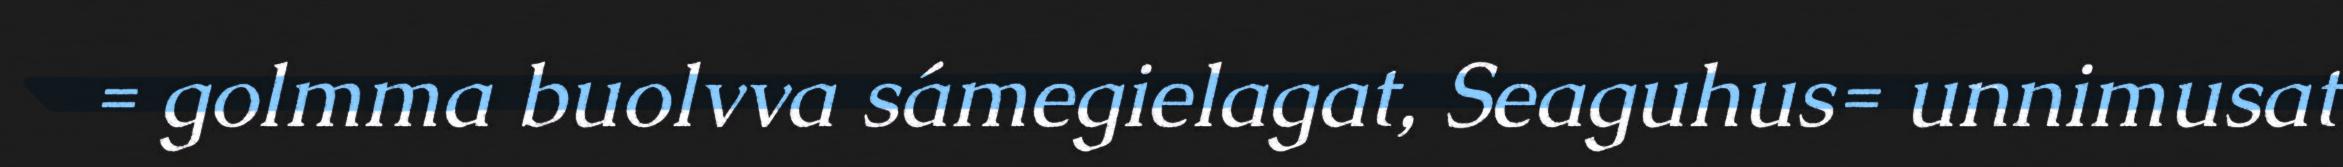
= golmma buolvva sámegielagat, Seaguhus= unnimusat